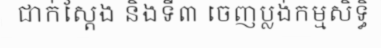
ជាក់ស្តែង និងទី៣ ចេញប្លង់កម្មសិទ្ធិ